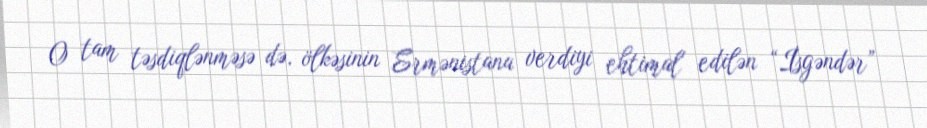
O tam təsdiqlənməsə də, ölkəsinin Ermənistana verdiyi ehtimal edilən “İsgəndər”